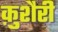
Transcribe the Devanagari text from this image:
क़ुशैरी